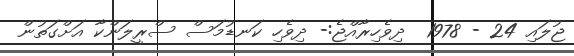
ޖުލައި 24 - 1978  ދިވެހިރާއްޖެ:- ދިވެހި ކަނޑުމަސް ސްރީލަންކާ އަށްގަތުން